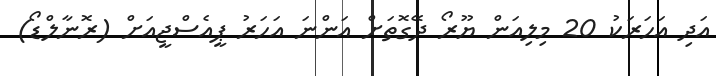
އަދި އަހަރަކު 20 މިލިއަން ޔޫރޯ ދޭގޮތަށް އަންނަ އަހަރު ޕީއެސްޖީއަށް (ރޮނާލްޑޯ)